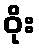
ဝိုး